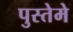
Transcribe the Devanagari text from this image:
पुस्तेमे